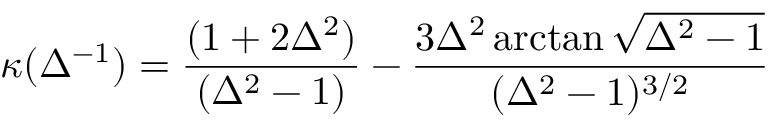
\kappa ( \Delta ^ { - 1 } ) = \frac { ( 1 + 2 \Delta ^ { 2 } ) } { ( \Delta ^ { 2 } - 1 ) } - \frac { 3 \Delta ^ { 2 } \arctan \sqrt { \Delta ^ { 2 } - 1 } } { ( \Delta ^ { 2 } - 1 ) ^ { 3 / 2 } }